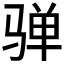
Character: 𱅛